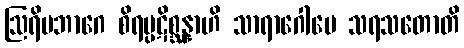
ဩရိမဘာဂေ စိရပ္ပဋိစ္ဆန္နာဟိ သာရာဂေါပေ သရသတောတိ